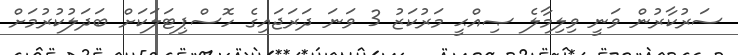
ސަރުކާރުން ވަނީ ވިލިމާލެ ޞިއްޙީ މަރުކަޒު 3 ވަނަ ދަރަޖައިގެ ހޮސްޕިޓަލަކަށް ބަދަލުކުރުމަށް